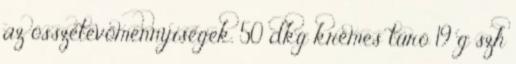
az összetevőmennyiségek. 50 dkg krémes túró 19 g szh